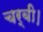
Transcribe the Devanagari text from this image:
चर्बी।